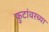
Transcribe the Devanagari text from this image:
फुटांवरच्या